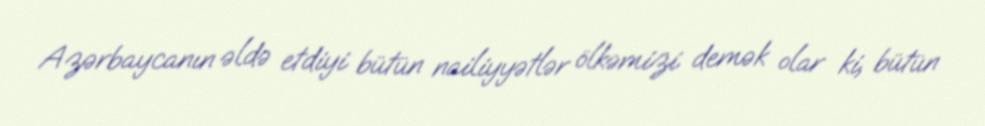
Azərbaycanın əldə etdiyi bütün nailiyyətlər ölkəmizi demək olar ki, bütün